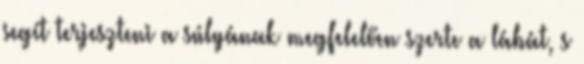
segít terjeszteni a súlyának megfelelően szerte a lábát, s